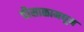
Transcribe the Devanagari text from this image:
चौसाळामधून